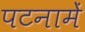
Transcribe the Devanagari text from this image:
पटनामें